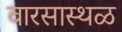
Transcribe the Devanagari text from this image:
वारसास्थळ